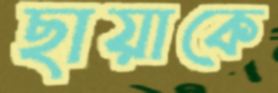
ছায়াকে